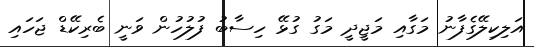
އަލިކިލޭގެފާނު މަގާއި މަޖީދީ މަގު ގުޅޭ ހިސާބު ފުލުހުން ވަނީ ބެރިކޭޑް ޖަހައި